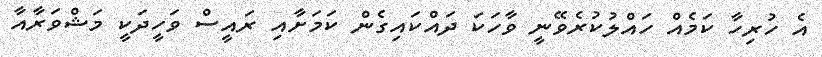
އެ ހުރިހާ ކަމެއް ހައްލުކުރެވޭނީ ވާހަކަ ދައްކައިގެން ކަމަށާއި ރައީސް ވަހީދަކީ މަޝްވަރާއާ